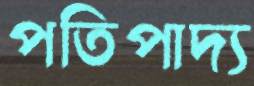
পতিপাদ্য